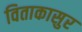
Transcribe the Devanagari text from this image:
विताकासुर